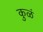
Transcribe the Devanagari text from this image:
कुळं